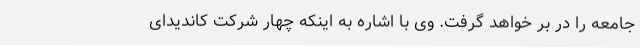
جامعه را در بر خواهد گرفت. وی با اشاره به اینکه چهار شرکت کاندیدای